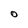
Character: O